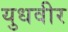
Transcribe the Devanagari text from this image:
युधवीर